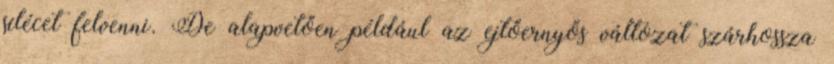
sílécet felvenni. De alapvetően például az ejtőernyős változat szárhossza